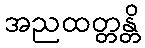
အညထတ္တန္တိ